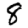
Digit: 8